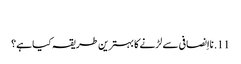
‏
11.‏ نااِنصافی سے لڑنے کا بہترین طریقہ کیا ہے؟